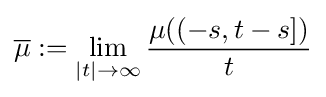
{\overline {\mu }}:=\lim _{|t|\to \infty }{\frac {\mu ((-s,t-s])}{t}}